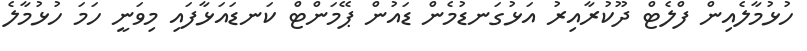
ހުޅުމާލެއިން ފްލެޓް ދޫކުރާއިރު އަޅުގަނޑުމެން ޑައުން ޕޭމަންޓް ކަނޑައަޅާފައި މިވަނީ ހަމަ ހުޅުމާލެ